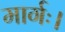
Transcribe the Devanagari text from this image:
मार्गः।